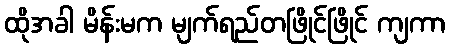
ထိုအခါ မိန်းမက မျက်ရည်တဖြိုင်ဖြိုင် ကျကာ